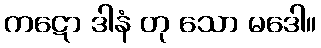
ကဋော ဒါနံ တု သော မဒေါ။